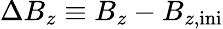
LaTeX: \Delta B_{z}\equiv B_{z}-B_{z,\textrm{ini}}